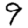
Digit: 9